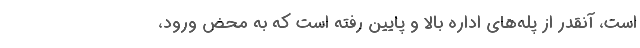
است، آنقدر از پله‌هاي اداره بالا و پايين رفته است كه به محض ورود،